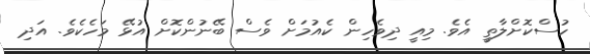
ހުސްކޮށްލާތީ އެވެ. މިއީ ދިވެހިން ކެއުމަށް ވެސް ބޭނުންކޮށް އުޅޭ މަހެކެވެ. އަދި